Annual report on the working of the mental hospitals in the Madras Presidency - 1912-1932
Year: 1912
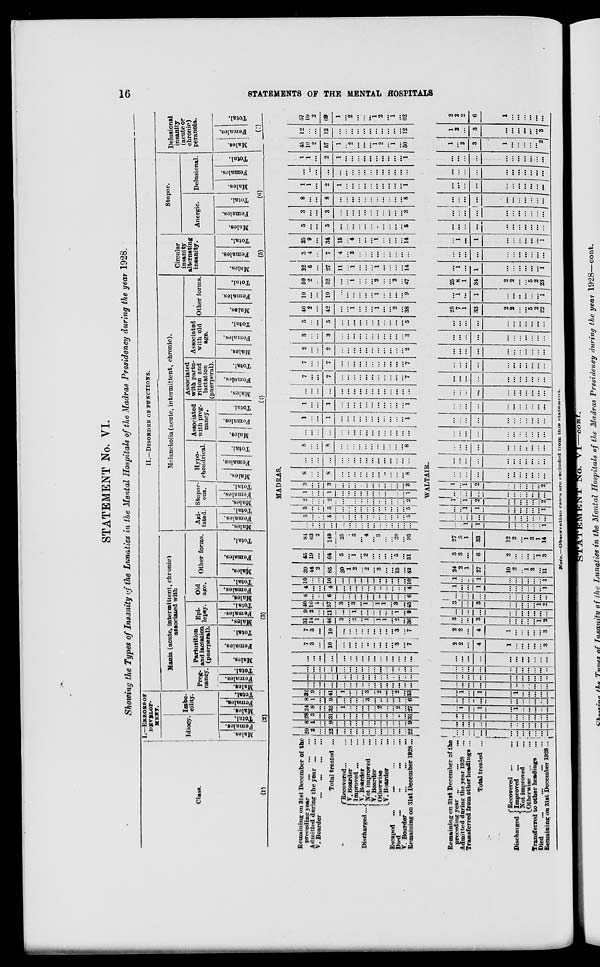
16
STATEMENTS OF THE MENTAL HOSPITALS
STATEMENT No. VI.
Showing the Types of Insanity of the Lunatics in the Mental Hospitals of the Madras Presidency during the year 1928.
Class.
(1)
I.—ERRORS OF
DEVELOP-
MENT.
Idiocy.
Males.
Females.
Total.
Imbe-
cility.
Males.
Females.
Total.
(2)
II.—DISORDER OF FUNCTIONS.
Mania (acute, intermittent, chronic)
associated with
Preg-
nancy.
Males.
Females.
Total.
Parturition
and lactation
(puerperal).
Males.
Females.
Total.
Epi-
lepsy.
Males.
Females.
Total.
Old
age.
Males.
Females.
Total.
Other forms.
Males.
Females.
Total.
(3)
Melancholia (acute, intermittent, chronic).
Agi-
tated.
Males.
Females.
Total.
Stupor-
ous.
Males.
Females.
Total.
Hypo¬
chondrical.
Males.
Females.
Total.
Associated
with preg-
nancy.
Males.
Females.
Total.
Associated
with partu-
rition and
lactation
(puerperal).
Males.
Females.
Total.
Associated
with old
age.
Males.
Females.
Total.
Other forms.
Males.
Females.
Total.
(4)
Circular
insanity
alternating
insanity.
Males.
Females.
Total.
(5)
Stupor.
Anergic.
Males.
Females.
Total.
Delusional.
Males.
Females.
Total.
(6)
Delusional
insanity
(acute or
chronic)
peranoia.
Males.
Females.
Total.
(7)
MADRAS.
Remaining on 31st December of the
preceding year
...
...
...
Admitted during the year ...
V. Boarder ... ... ...
Total treated ...
Discharged
Recovered...
V. Boarder ...
Improved ...
V. Boarder ...
Not improved ...
V. Boarder ...
Otherwise ...
V. Boarder ...
Escaped
... ... ...
Died ... ... ...
V. Boarder ... ... ...
Remaining on 31st December 1928...
20
2
...
22
...
...
...
... ...
...
...
...
...
...
...
22
8
1
...
9
...
...
...
...
...
...
...
...
...
...
...
9
28
3
...
31
...
...
...
...
...
...
...
...
...
...
...
31
24
8
...
32
1
...
...
...
...
...
2
...
...
2
...
27
8
1
...
9
...
...
...
...
3
...
...
...
...
..
...
6
32
9
...
41
1
...
...
... 3
...
2
...
...
2
...
33
...
...
...
...
...
...
...
...
...
...
...
...
...
...
...
...
...
...
...
...
...
...
...
...
...
...
...
...
...
...
...
...
...
...
...
...
...
...
...
...
...
...
...
...
...
..
...
...
...
...
...
...
...
...
...
...
...
...
...
...
...
...
...
...
7
3
...
10
...
...
...
... ...
...
...
...
...
3
...
7
7
3
...
10
...
...
...
...
...
...
...
...
...
3
...
7
31
14
1
46
3
...
2
1 ...
...
1
1
...
2
...
36
9
2
...
11
...
...
1
...
...
...
...
...
...
1
...
9
40
16
1
57
3
...
3
1 ...
...
1
1
...
3
...
45
6
...
...
6
...
...
...
...
...
...
...
...
...
...
...
6
4
...
...
4
...
...
...
...
...
...
...
...
...
...
...
4
10
...
...
10
...
...
...
...
...
...
...
...
...
...
...
10
39
44
2
85
20
1
2
...
...
...
3
...
...
15
...
42
45
19
...
64
5
...
1
2 ...
...
...
...
...
5
...
51
84
63
2
149
25
1
3
2
...
...
3
...
...
20
... 93
...
...
...
...
...
...
...
...
...
...
...
...
...
...
...
...
5
...
...
5
...
...
...
...
...
...
...
...
...
..
...
5
5
...
...
5
...
...
...
...
...
...
...
...
...
...
...
5
2
...
...
2
...
...
...
...
...
...
...
...
...
...
...
2
1
...
...
1
...
...
...
...
...
...
...
...
...
...
..
1
3
...
...
3
...
...
...
...
...
...
...
...
...
...
..
3
8
...
...
8
...
...
...
...
...
...
...
...
...
...
...
8
...
...
...
...
...
...
...
...
...
...
...
...
...
...
...
...
8
...
...
8
...
...
...
...
...
...
...
...
...
...
...
8
...
...
...
...
...
...
...
...
...
...
...
...
...
...
...
...
1
...
...
1
...
...
...
...
...
...
...
...
...
...
...
1
1
...
...
1
...
...
...
...
...
...
...
...
...
...
...
1
...
...
...
...
...
...
...
...
...
...
...
...
...
...
...
...
7
...
...
7
...
...
...
...
...
...
...
...
...
...
...
7
7
...
...
7
...
...
...
...
....
...
...
...
...
...
...
7
2
...
...
2
...
...
...
...
...
...
...
...
...
...
...
2
3
...
...
3
...
...
...
...
...
...
...
...
...
...
... 3
5
...
...
5
...
...
...
...
....
...
...
...
...
...
...
5
40
2
...
42
...
...
1
...
...
...
1
...
...
2
...
38
10
...
...
10
...
...
...
...
...
...
1
...
...
...
...
9
50
2
...
52
...
...
1
...
...
...
2
...
...
2
...
47
22
5
...
27
11
...
1
...
...
...
1
...
...
...
...
14
3
4
...
7
4
...
3
...
...
...
...
...
...
...
...
...
25
9
...
34
15
...
4
...
...
...
1
...
...
...
...
14
5
...
...
5
...
...
...
...
...
...
...
...
...
...
...
5
3
...
...
3
...
...
...
...
...
...
...
...
...
...
...
3
8
...
...
8
...
...
...
...
...
...
...
...
...
...
...
8
1
1
...
2
1
...
...
...
...
...
...
...
...
...
...
1
...
...
...
...
...
...
...
...
...
...
...
...
...
...
...
...
1
1
...
2
1
...
...
...
...
...
...
...
...
...
...
1
45
10
2
57
1
...
2
...
...
...
1
2
...
1
...
50
12
...
...
12
...
...
...
...
...
...
...
...
...
...
...
12
57
10
2
69
1
...
2
...
...
...
1
2
...
1
...
62
WALTAIR.
Remaining on 3lst December of the
preceding year ...
...
...
Admitted during the year 1928 ...
Transferred from other headings ...
Total treated ...
Discharged
Recovered ... ...
Improved ... ...
Not improved ...
Otherwise ...
...
Transferred to other headings
...
Died
...
...
...
...
Remaining on 31st December 1928...
...
...
...
...
...
...
...
...
...
...
...
...
...
...
...
...
...
...
...
...
...
...
...
...
...
...
...
...
...
...
...
...
...
...
1
...
1
...
1
...
...
...
...
...
...
...
...
...
...
...
...
...
...
...
...
...
1
...
1
...
1
...
...
...
...
...
...
...
...
...
...
...
...
..
...
...
...
...
...
...
...
...
...
...
...
...
...
...
...
...
...
...
...
...
...
...
...
...
...
...
...
...
...
...
...
...
...
...
...
...
2
2
...
4
1
...
...
...
...
...
3
2
2
...
4
1
...
...
...
...
...
3
3
...
...
3
...
...
...
...
...
1
2
...
...
...
...
...
...
...
...
...
...
...
3
...
...
3
...
...
...
...
...
1
2
...
...
...
...
...
...
...
...
...
...
...
1
...
...
1
...
...
...
...
...
...
1
1
...
...
1
...
...
...
...
...
...
1
24
2
1
27
10
2
...
1
3
...
11
3
3
...
6
2
...
...
...
...
1
3
27
5
1
33
12
2
...
1
3
1
14
...
...
1
1
...
...
...
...
...
...
1
...
...
...
...
...
...
...
...
...
..
...
...
...
1
1
...
...
...
...
...
...
1
1
...
1
2
...
...
...
...
...
...
2
...
...
....
...
...
...
...
...
...
...
...
1
...
1
2
...
...
...
...
...
...
2
...
...
...
...
...
...
...
...
...
...
...
...
...
...
...
...
...
...
...
...
...
...
. . .
...
...
...
...
...
...
..
...
...
...
...
...
...
...
...
...
...
...
...
...
...
...
...
...
...
...
...
...
...
...
...
...
...
...
...
...
...
...
...
...
...
...
...
...
...
...
...
...
...
...
...
...
...
...
...
...
...
...
...
...
...
...
...
...
...
...
...
...
...
...
...
...
...
...
...
...
...
...
...
...
...
...
...
...
...
...
...
...
...
...
...
...
...
...
...
...
...
...
...
...
...
...
...
...
...
...
...
...
...
25
7
1
33
2
2
...
...
5
2
22
...
1
...
1
...
...
...
...
...
...
1
25
8
1
34
2
2
...
...
5
2
23
...
1
...
1
...
...
...
...
...
...
1
...
...
...
...
...
...
...
...
...
...
...
...
1
...
1
...
...
...
...
...
...
1
...
...
...
...
...
...
...
...
...
...
...
...
...
...
...
...
...
...
...
...
...
...
...
...
...
...
...
...
...
...
...
...
...
...
...
...
...
...
...
...
...
...
...
...
...
...
...
...
...
...
...
...
...
...
...
...
...
...
...
...
...
...
...
...
...
...
1
...
2
3
1
...
...
...
...
...
2
1
2
...
3
...
...
...
...
...
...
3
2
2
2
6
1
...
...
...
...
...
...
Note.—Observation cases are excluded from this statement.